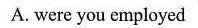
A. were you employed